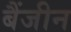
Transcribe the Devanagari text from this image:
बैंजीन